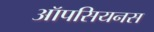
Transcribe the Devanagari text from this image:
ऑपसियनस